Report of the Indian Hemp Drugs Commission, 1894-1895 - Volume V
Year: 1894
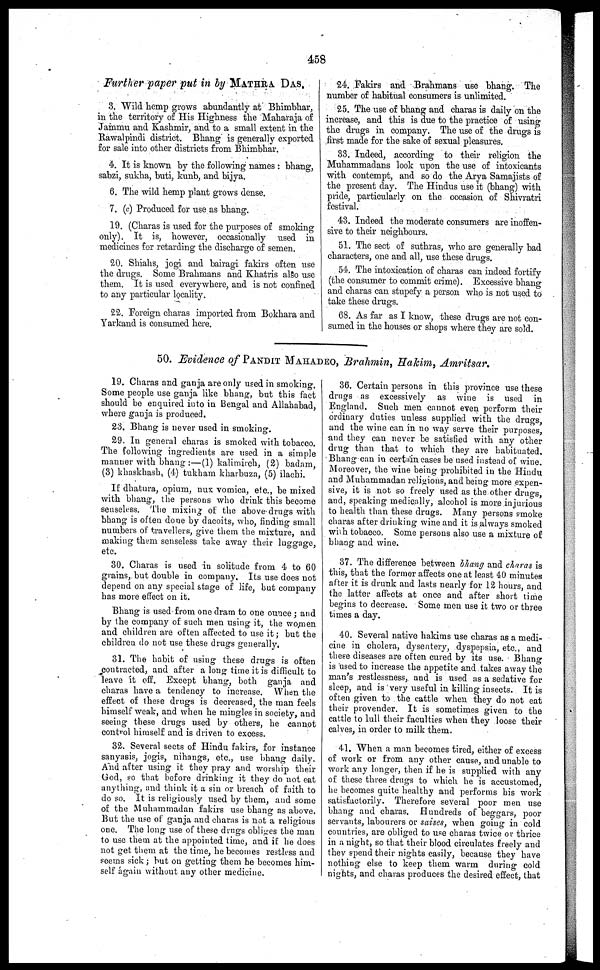
458
Further paper put in by MATHRA DAS.
3. Wild hemp grows abundantly at Bhimbhar,
in the territory of His Highness the Maharaja of
Jammu and Kashmir, and to a small extent in the
Rawalpindi district. Bhang is generally exported
for sale into other districts from Bhimbhar.
4. It is known by the following names : bhang,
sabzi, sukha, buti, kunb, and bijya.
6. The wild hemp plant grows dense.
7. (c) Produced for use as bhang.
19. (Charas is used for the purposes of smoking
only). It is, however, occasionally used in
medicines for retarding the discharge of semen.
20. Shiahs, jogi and bairagi fakirs often use
the drugs. Some Brahmans and Khatris also use
thorn. It is used everywhere, and is not confined
to any particular locality.
22. Foreign charas imported from Bokhara and
Yarkand is consumed here.
24. Fakirs and Brahmans use bhang. The
number of habitual consumers is unlimited.
25. The use of bhang and charas is daily on the
increase, and this is due to the practice of using
the drugs in company. The use of the drugs is
first made for the sake of sexual pleasures.
33. Indeed, according to their religion the
Muhammadans look upon the use of intoxicants
with contempt, and so do the Arya Samajists of
the present day. The Hindus use it (bhang) with
pride, particularly on the occasion of Shivratri
festival.
43. Indeed the moderate consumers are inoffen-
sive to their neighbours.
51. The sect of suthras, who are generally bad
characters, one and all, use these drugs.
54. The intoxication of charas can indeed fortify
(the consumer to commit crime). Excessive bhang
and charas can stupefy a person who is not used to
take these drugs.
68. As far as I know, these drugs are not con-
sumed in the houses or shops where they are sold.
50. Evidence of PANDIT MAHADEO, Brahmin, Hakim, Amritsar.
19. Charas and ganja are only used in smoking.
Some people use ganja like bhang, but this fact
should be enquired into in Bengal and Allahabad,
where ganja is produced.
23. Bhang is never used in smoking.
29. In general charas is smoked with tobacco.
The following ingredients are used in a simple
manner with bhang :—(1) kalimirch, (2) badam,
(3) khaskhash, (4) tukham kharbuza, (5) ilachi.
If dhatura, opium, nux vomica, etc., be mixed
with bhang, the persons who drink this become
senseless. The mixing of the above drugs with
bhang is often done by dacoits, who, finding small
numbers of travellers, give them the mixture, and
making them senseless take away their luggage,
etc.
30. Charas is used in solitude from 4 to 60
grains, but double in company. Its use does not
depend on any special stage of life, but company
has more effect on it.
Bhang is used from one dram to one ounce; and
by the company of such men using it, the women
and children are often affected to use it; but the
children do not use these drugs generally.
31. The habit of using these drugs is often
contracted, and after a long time it is difficult to
leave it off. Except bhang, both ganja and
charas have a tendency to increase. When the
effect of these drugs is decreased, the man feels
himself weak, and when he mingles in society, and
seeing these drugs used by others, he cannot
control himself and is driven to excess.
32. Several sects of Hindu fakirs, for instance
sanyasis, jogis, nihangs, etc., use bhang daily.
And after using it they pray and worship their
God, so that before drinking it they do not eat
anything, and think it a sin or breach of faith to
do so. It is religiously used by them, and some
of the Muhammadan fakirs use bhang as above.
But the use of ganja and charas is not a religious
one. The long use of these drugs obliges the man
to use them at the appointed time, and if he does
not get them at the time, he becomes restless and
seems sick; but on getting them he becomes him-
self again without any other medicine.
36. Certain persons in this province use these
drugs as excessively as wine is used in
England. Such men cannot even perform their
ordinary duties unless supplied with the drugs,
and the wine can in no way serve their purposes,
and they can never be satisfied with any other
drug than that to which they are habituated.
Bhang can in certain cases be used instead of wine.
Moreover, the wine being prohibited in the Hindu
and Muhammadan religions, and being more expen-
sive, it is not so freely used as the other drugs,
and, speaking medically, alcohol is more injurious
to health than these drugs. Many persons smoke
charas after drinking wine and it is always smoked
with tobacco. Some persons also use a mixture of
bhang and wine.
37. The difference between bhang and charas is
this, that the formor affects one at least 40 minutes
after it is drunk and lasts nearly for 12 hours, and
the latter affects at once and after short time
begins to decrease. Some men use it two or three
times a day.
40. Several native hakims use charas as a medi-
cine in cholera, dysentery, dyspepsia, etc., and
these diseases are often cured by its use. Bhang
is used to increase the appetite and takes away the
man's restlessness, and is used as a sedative for
sleep, and is very useful in killing insects. It is
often given to the cattle when they do not eat
their provender. It is sometimes given to the
cattle to lull their faculties when they loose their
calves, in order to milk them.
41. When a man becomes tired, either of excess
of work or from any other cause, and unable to
work any longer, then if he is supplied with any
of these three drugs to which he is accustomed,
he becomes quite healthy and perforins his work
satisfactorily. Therefore several poor men use
bhang and charas. Hundreds of beggars, poor
servants, labourers or saises, when going in cold
countries, are obliged to use charas twice or thrice
in a night, so that their blood circulates freely and
they spend their nights easily, because they have
nothing else to keep them warm during cold
nights, and charas produces the desired effect, that